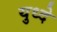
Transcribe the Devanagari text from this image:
युध्दे